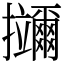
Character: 鿜